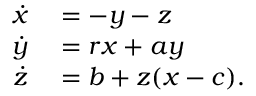
\begin{array} { r l } { \dot { x } } & { { } = - y - z } \\ { \dot { y } } & { { } = r x + a y } \\ { \dot { z } } & { { } = b + z ( x - c ) . } \end{array}